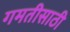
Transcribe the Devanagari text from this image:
गमतीसाठी